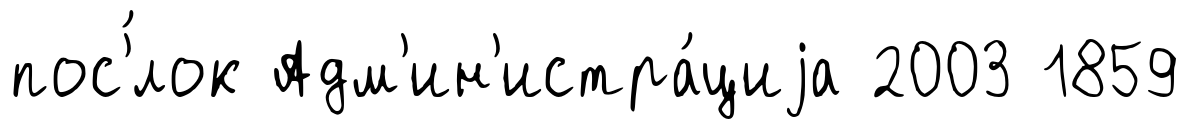
пос'́лок Адм'ин'истра́циjа 2003 1859